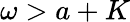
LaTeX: \omega>a+K